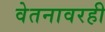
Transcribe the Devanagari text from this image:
वेतनावरही